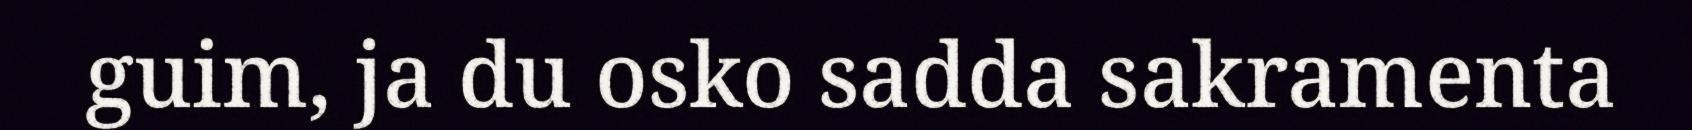
guim, ja du osko sadda sakramenta